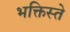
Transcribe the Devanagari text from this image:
भक्तिस्ते